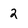
Character: 2